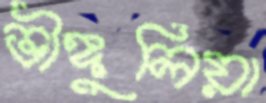
ভীঙ্গুলিয়া